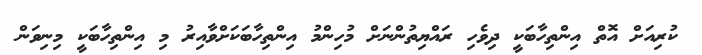
ކުރިއަށް އޮތް އިންތިހާބަކީ ދިވެހި ރައްޔިތުންނަށް މުހިންމު އިންތިހާބަކަށްވާއިރު މި އިންތިހާބަކީ މިނިވަން